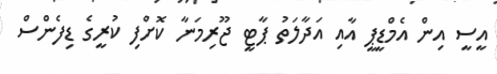
އީސީ އިން އެމްޑީޕީ އާއި އަދާލަތު ޕާޓީ ޖޫރިމަނާ ކޮށްފި ކުރީގެ ޑިފެންސް